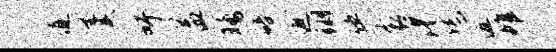
道羹吁益晡碚避翊伍衮渴恁返帷